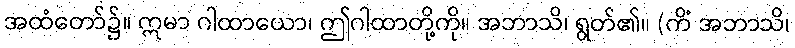
အထံတော်၌။ ဣမာ ဂါထာယော၊ ဤဂါထာတို့ကို။ အဘာသိ၊ ရွတ်၏။ (ကိံ အဘာသိ၊